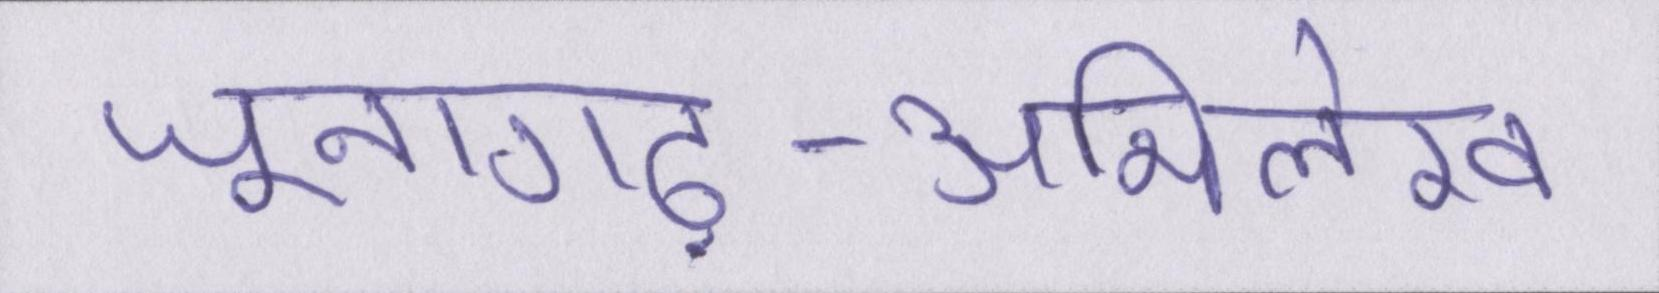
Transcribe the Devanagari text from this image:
जूनागढ़-अभिलेख